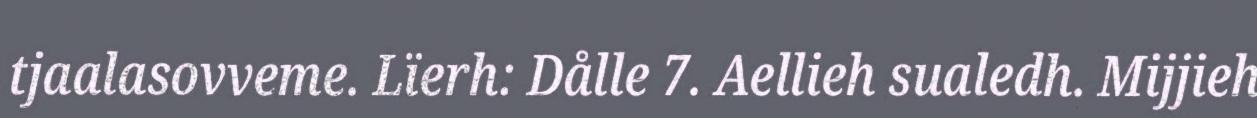
tjaalasovveme. Lïerh: Dålle 7. Aellieh sualedh. Mijjieh